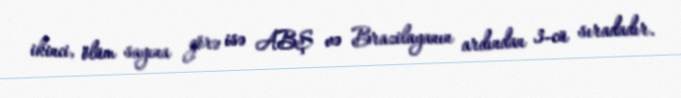
ikinci, ölüm sayına görə isə ABŞ və Brazilayanın ardından 3-cü sıradadır.